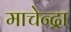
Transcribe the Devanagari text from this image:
माचेन्द्रा